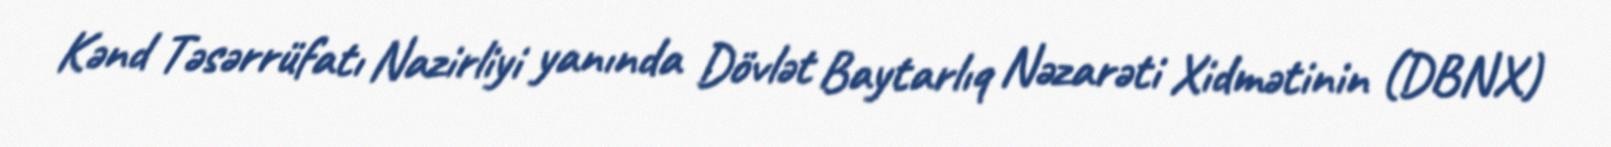
Kənd Təsərrüfatı Nazirliyi yanında Dövlət Baytarlıq Nəzarəti Xidmətinin (DBNX)